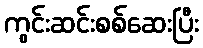
ကွင်းဆင်းစစ်ဆေးပြီး